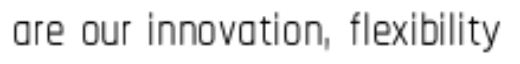
are our innovation, flexibility